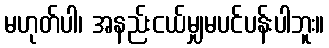
မဟုတ်ပါ၊ အနည်းငယ်မျှမပင်ပန်းပါဘူး။